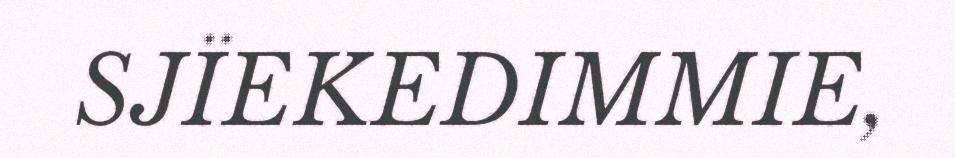
SJÏEKEDIMMIE,